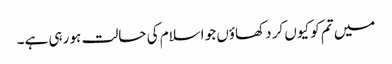
میں تم کو کیوں کر دکھاؤں جو اسلام کی حالت ہو رہی ہے۔